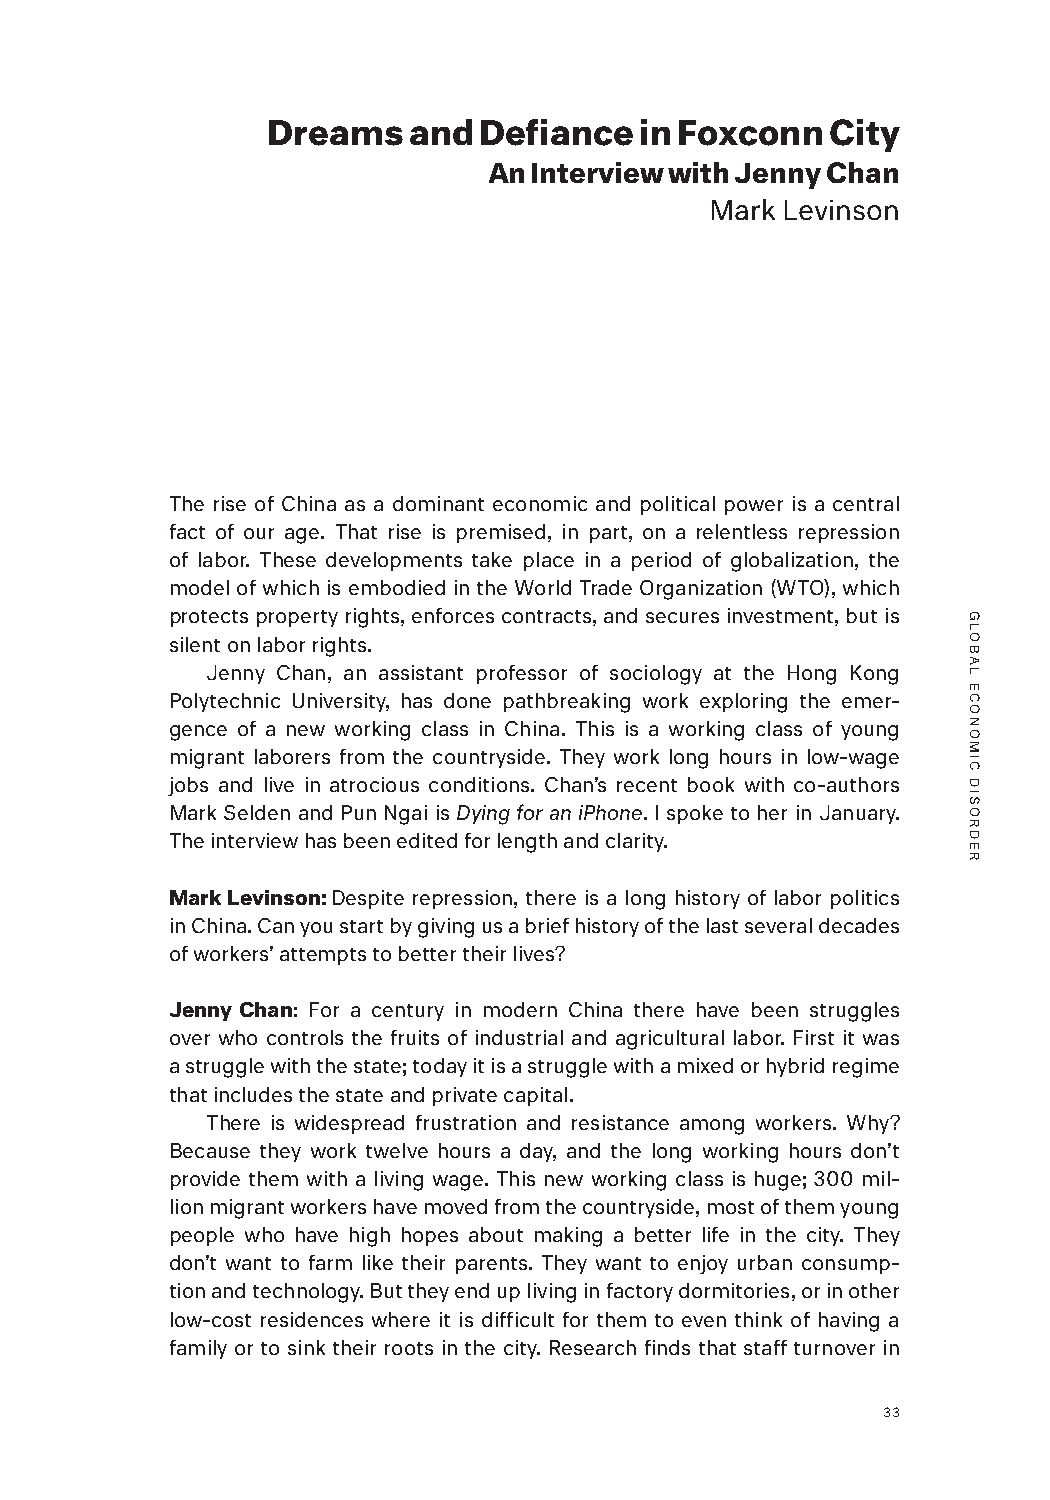
Dreams   and  Defiance  in Foxconn   City
 An Interview with Jenny Chan
 Mark Levinson
 The rise of China as a dominant economic and political power is a central
 fact of our age. That rise is premised, in part, on a relentless repression
 of labor. These developments take place in a period of globalization, the
 model of which is embodied in the World Trade Organization (WTO), which
 protects property rights, enforces contracts, and secures investment, but is
 silent on labor rights.
 Jenny Chan, an assistant professor of sociology at the Hong Kong
 Polytechnic University, has done pathbreaking work exploring the emer-
 gence of a new working class in China. This is a working class of young
 migrant laborers from the countryside. They work long hours in low-wage
 jobs and live in atrocious conditions. Chan’s recent book with co-authors
 Mark Selden and Pun Ngai is Dying for an iPhone. I spoke to her in January.
 The interview has been edited for length and clarity.
 Mark Levinson: Despite repression, there is a long history of labor politics
 in China. Can you start by giving us a brief history of the last several decades
 of workers’ attempts to better their lives?
 Jenny Chan: For a century in modern China there have been struggles
 over who controls the fruits of industrial and agricultural labor. First it was
 a struggle with the state; today it is a struggle with a mixed or hybrid regime
 that includes the state and private capital.
 There is widespread frustration and resistance among workers. Why?
 Because they work twelve hours a day, and the long working hours don’t
 provide them with a living wage. This new working class is huge; 300 mil-
 lion migrant workers have moved from the countryside, most of them young
 people who have high hopes about making a better life in the city. They
 don’t want to farm like their parents. They want to enjoy urban consump-
 tion and technology. But they end up living in factory dormitories, or in other
 low-cost residences where it is difficult for them to even think of having a
 family or to sink their roots in the city. Research finds that staff turnover in
 33
 GLOBAL
 ECONOMIC
 DISORDER